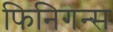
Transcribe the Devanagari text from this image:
फिनिगन्स